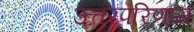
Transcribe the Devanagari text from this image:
उत्तरपरिणाम